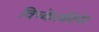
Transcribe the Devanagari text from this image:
विच्केत्कीपेर